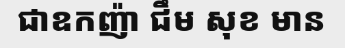
ជាឧកញ៉ា ជឹម សុខ មាន